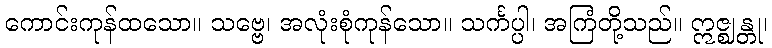
ကောင်းကုန်ထသော။ သဗ္ဗေ၊ အလုံးစုံကုန်သော။ သင်္ကပ္ပါ၊ အကြံတို့သည်။ ဣဇ္ဈန္တု၊